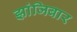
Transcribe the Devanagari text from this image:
झांजिबार